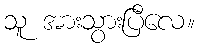
သူ အားသွားပြီလေ။